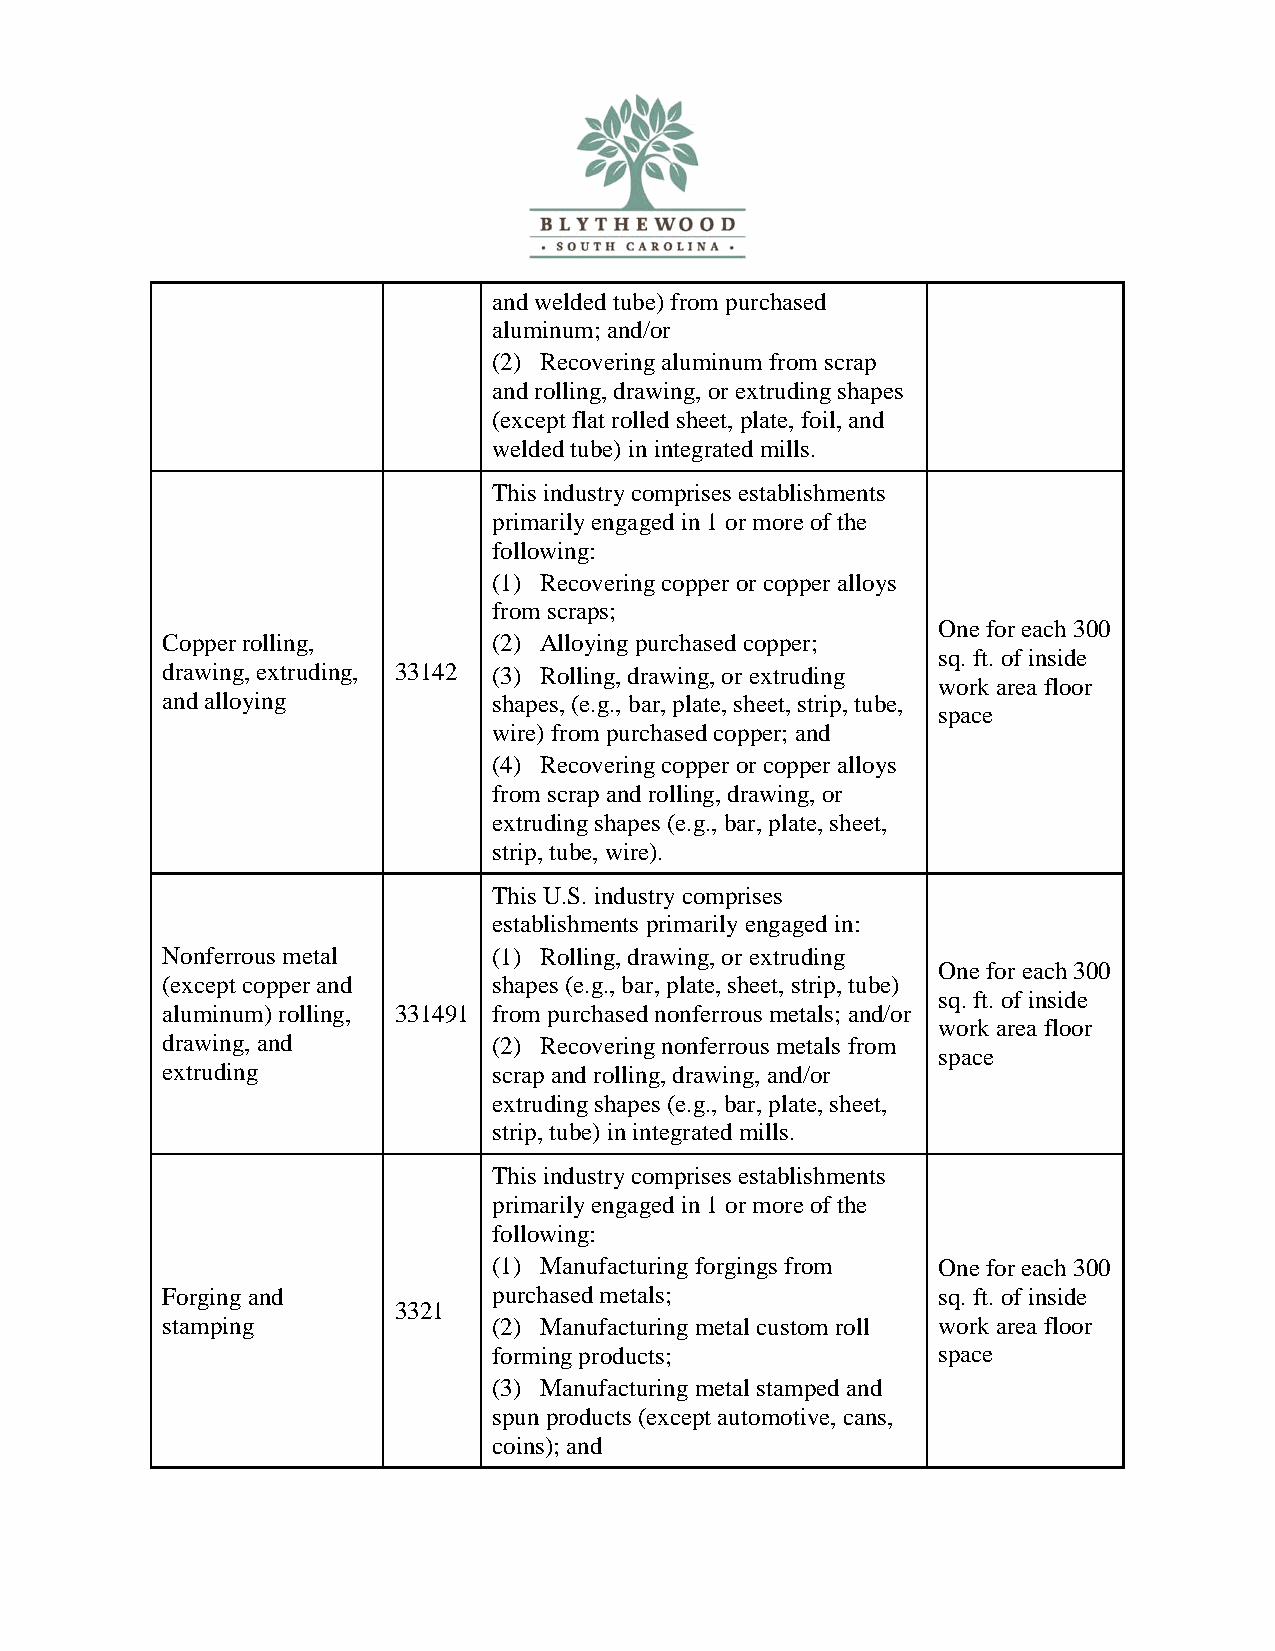
and welded tube) from purchased
 aluminum; and/or
 (2) Recovering aluminum from scrap
 and rolling, drawing, or extruding shapes
 (except flat rolled sheet, plate, foil, and
 welded tube) in integrated mills.
 This industry comprises establishments
 primarily engaged in 1 or more of the
 following:
 (1) Recovering copper or copper alloys
 from scraps;
 One for each 300
 Copper rolling,       (2) Alloying purchased copper;
 sq. ft. of inside
 drawing, extruding, 33142 (3) Rolling, drawing, or extruding
 work area floor
 and alloying          shapes, (e.g., bar, plate, sheet, strip, tube,
 space
 wire) from purchased copper; and
 (4) Recovering copper or copper alloys
 from scrap and rolling, drawing, or
 extruding shapes (e.g., bar, plate, sheet,
 strip, tube, wire).
 This U.S. industry comprises
 establishments primarily engaged in:
 Nonferrous metal      (1) Rolling, drawing, or extruding
 One for each 300
 (except copper and    shapes (e.g., bar, plate, sheet, strip, tube)
 sq. ft. of inside
 aluminum) rolling, 331491 from purchased nonferrous metals; and/or
 work area floor
 drawing, and          (2) Recovering nonferrous metals from
 space
 extruding             scrap and rolling, drawing, and/or
 extruding shapes (e.g., bar, plate, sheet,
 strip, tube) in integrated mills.
 This industry comprises establishments
 primarily engaged in 1 or more of the
 following:
 (1) Manufacturing forgings from One for each 300
 Forging and           purchased metals;            sq. ft. of inside
 3321
 stamping              (2) Manufacturing metal custom roll work area floor
 forming products;            space
 (3) Manufacturing metal stamped and
 spun products (except automotive, cans,
 coins); and